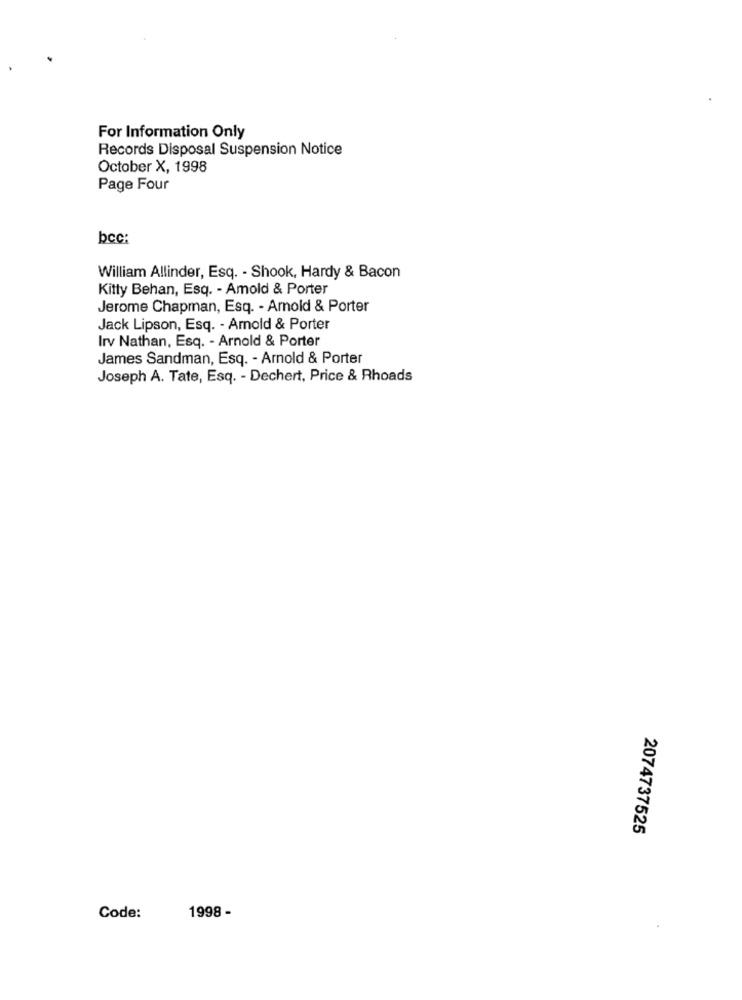
For Information Only
Records Disposal Suspension Notice
October X, 1998
Page Four
bcc:
William Allinder, Esq. - Shook, Hardy & Bacon
Kitty Behan, Esq. - Amold & Porter
Jerome Chapman, Esq. - Arnold & Porter
Jack Lipson, Esq. - Amold & Porter
Irv Nathan, Esq. - Arnold & Porter
James Sandman, Esq. - Arnold & Porter
Joseph A. Tate, Esq. - Dechert, Price & Rhoads
2074737525
1998 -
Code: